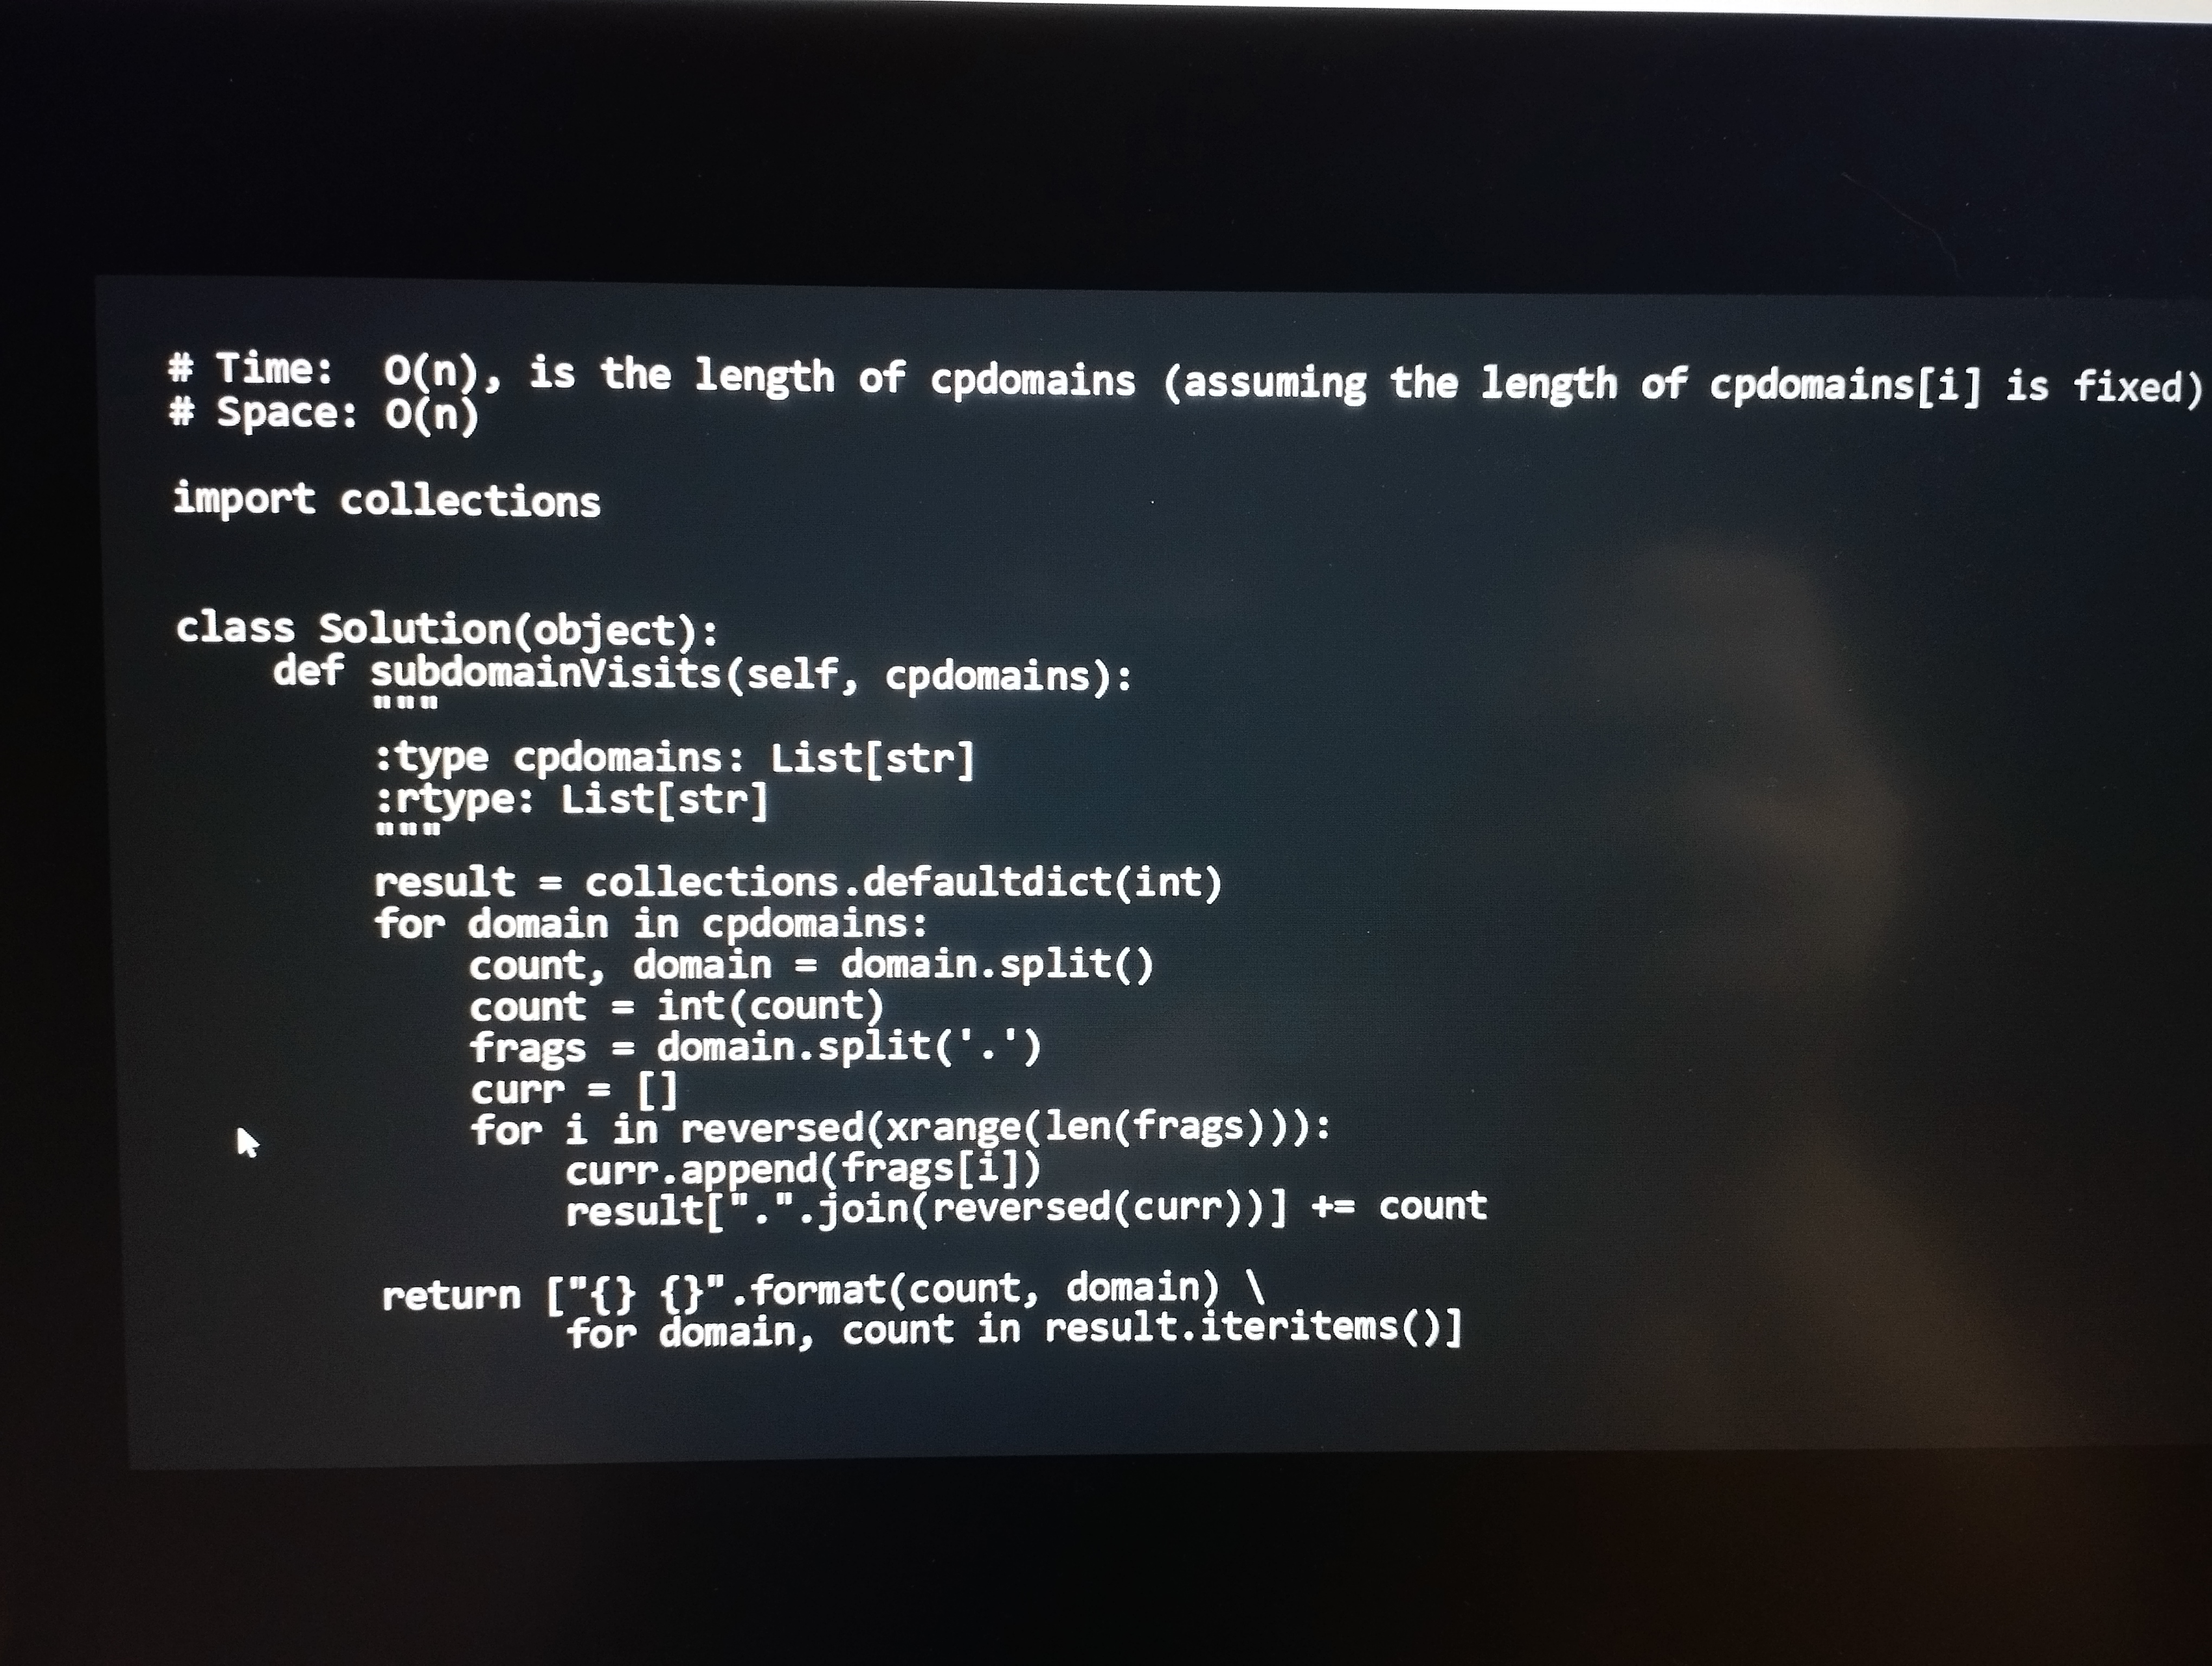
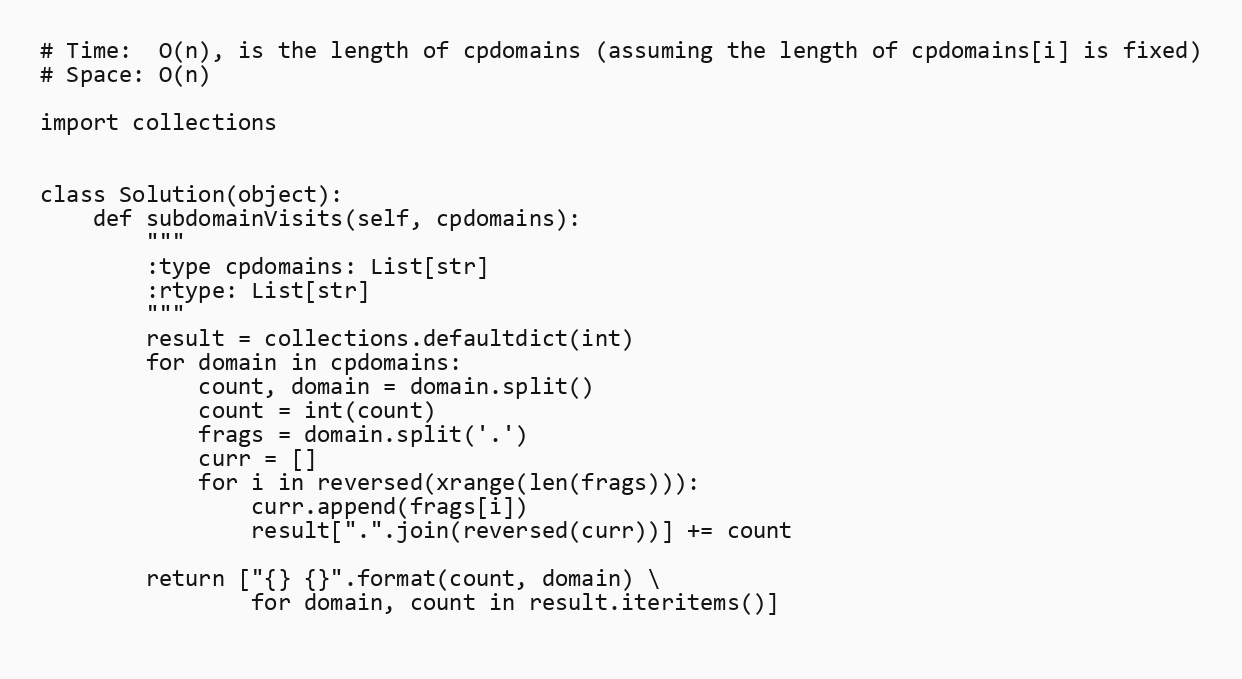
# Time:  O(n), is the length of cpdomains (assuming the length of cpdomains[i] is fixed)
# Space: O(n)

import collections

class Solution(object):
    def subdomainVisits(self, cpdomains):
        """
        :type cpdomains: List[str]
        :rtype: List[str]
        """
        result = collections.defaultdict(int)
        for domain in cpdomains:
            count, domain = domain.split()
            count = int(count)
            frags = domain.split('.')
            curr = []
            for i in reversed(xrange(len(frags))):
                curr.append(frags[i])
                result[".".join(reversed(curr))] += count

        return ["{} {}".format(count, domain) \
                for domain, count in result.iteritems()]